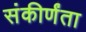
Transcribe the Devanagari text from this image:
संकीर्णंता